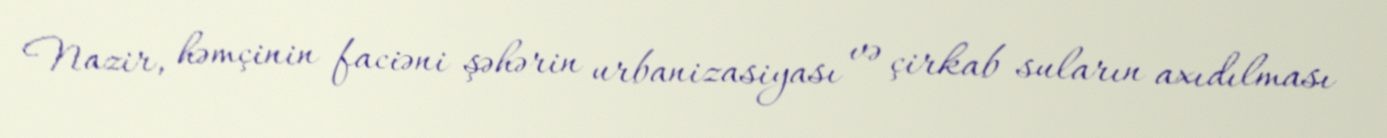
Nazir, həmçinin faciəni şəhərin urbanizasiyası və çirkab suların axıdılması